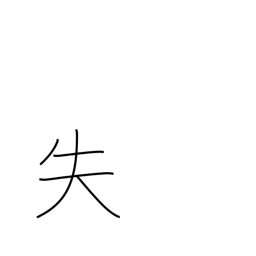
Meaning: error